Report of the Indian Hemp Drugs Commission, 1894-1895 - Volume III
Year: 1894
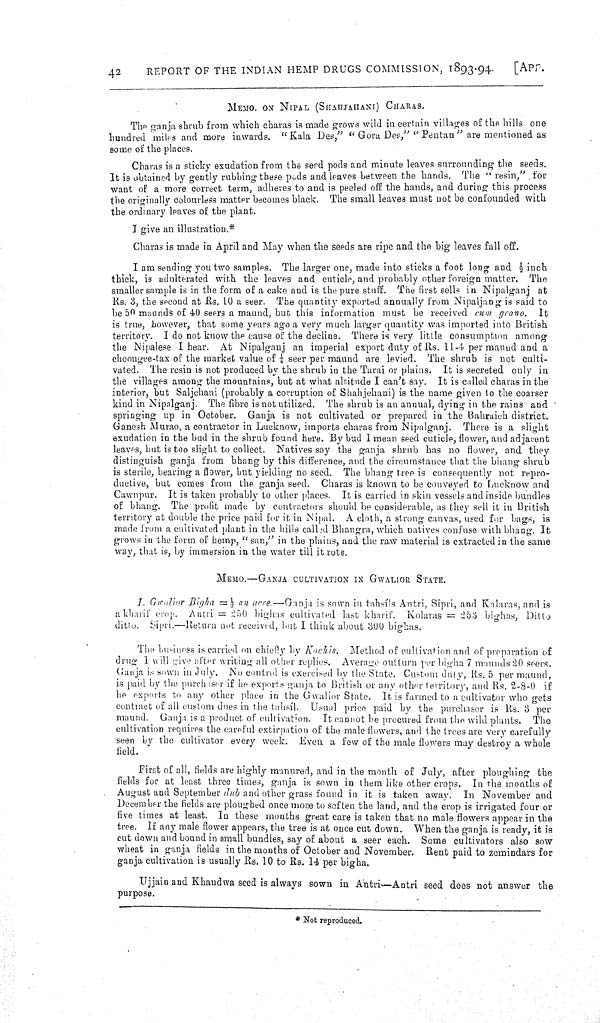
42
REPORT OF THE INDIAN HEMP DRUGS COMMISSION, 1893-94.
[APP.
MEMO. ON NIPAL (SHAHJAHANI) CHARAS.
The ganja shrub from which charas is made grows wild in certain villages of the hills one
hundred miles and more inwards. "Kala Des," "Gora Des," "Pentan" are mentioned as
some of the places.
Charas is a sticky exudation from the seed pods and minute leaves surrounding the seeds.
It is obtained by gently rubbing these pods and leaves between the hands. The "resin," for
want of a more correct term, adheres to and is peeled off the hands, and during this process
the originally colourless matter becomes black. The small leaves must not be confounded with
the ordinary leaves of the plant.
I give an illustration.*
Charas is made in April and May when the seeds are ripe and the big leaves fall off.
I am sending you two samples. The larger one, made into sticks a foot long and 1/2 inch
thick, is adulterated with the leaves and cuticle, and probably other foreign matter.
The
smaller sample is in the form of a cake and is the pure stuff. The first sells in Nipalganj at
Rs. 3, the second at Rs. 10 a seer. The quantity exported annually from Nipaljang is said to
be 50 maunds of 40 seers a maund, but this information must be received cum grano.
It
is true, however, that some years ago a very much larger quantity was imported into British
territory. I do not know the cause of the decline. There is very little consumption among
the Nipalese I hear. At Nipalganj an imperial export duty of Rs. 11-4 per maund and a
choongee-tax of the market value of 1/4 seer per maund are levied. The shrub is not culti-
vated. The resin is not produced by the shrub in the Tarai or plains. It is secreted only in
the villages among the mountains, but at what altitude I can't say. It is called charas in the
interior, but Saljehani (probably a corruption of Shahjehani) is the name given to the coarser
kind in Nipalganj. The fibre is not utilized. The shrub is an annual, dying in the rains and
springing up in October. Ganja is not cultivated or prepared in the Bahraich district.
Ganesh Murao, a contractor in Lucknow, imports charas from Nipalganj. There is a slight
exudation in the bud in the shrub found here. By bud I mean seed cuticle, flower, and adjacent
leaves, but is too slight to collect. Natives say the ganja shrub has no flower, and they
distinguish ganja from bhang by this difference, and the circumstance that the bhang shrub
is sterile, bearing a flower, but yielding no seed. The bhang tree is consequently not repro-
ductive, but comes from the ganja seed. Charas is known to be conveyed to Lucknow and
Cawnpur. It is taken probably to other places. It is carried in skin vessels and inside bundles
of bhang. The profit made by contractors should be considerable, as they sell it in British
territory at double the price paid for it in Nipal. A cloth, a strong canvas, used for bags, is
made from a cultivated plant in the hills called Bhangra, which natives confuse with bhang. It
grows in the form of hemp, "san," in the plains, and the raw material is extracted in the same
way, that is, by immersion in the water till it rots.
MEMO.—GANJA CULTIVATION IN GWALIOR STATE.
1. Gwalior Bigha = 1/2 an acre.—Ganja is sown in tahsíls Antri, Sipri, and Kalaras, and is
a kharif crop. Antri = 250 bighas cultivated last kharif. Kolaras = 253 bighas, Ditto
ditto. Sipri.—Return not received, but I think about 300 bighas.
The business is carried on chiefly by Kachis.
Method of cultivation and of preparation of
drug 1 will give after writing all other replies. Average outturn per bigha 7 maunds 20 seers.
Ganja is sown in July. No control is exercised by the State. Custom duty, Rs. 5 per maund,
is paid by the purchaser if he exports ganja to British or any other territory, and Rs. 2-8-0 if
he exports to any other place in the Gwalior State. It is farmed to a cultivator who gets
contract of all custom dues in the tahsíl. Usual price paid by the purchaser is Rs. 3 per
maund. Ganja is a product of cultivation. It cannot be procured from the wild plants. The
cultivation requires the careful extirpation of the male flowers, and the trees are very carefully
seen by the cultivator every week. Even a few of the male flowers may destroy a whole
field.
First of all, fields are highly manured, and in the month of July, after ploughing the
fields for at least three times, ganja is sown in them like other crops. In the months of
August and September dub and other grass found in it is taken away. In November and
December the fields are ploughed once more to soften the land, and the crop is irrigated four or
five times at least. In these months great care is taken that no male flowers appear in the
tree. If any male flower appears, the tree is at once cut down. When the ganja is ready, it is
cut down and bound in small bundles, say of about a seer each. Some cultivators also sow
wheat in ganja fields in the months of October and November.
Rent paid to zemindars for
ganja cultivation is usually Rs. 10 to Rs. 14 per bigha.
Ujjain and Khandwa seed is always sown in Antri—Antri seed does not answer the
purpose.
* Not reproduced.